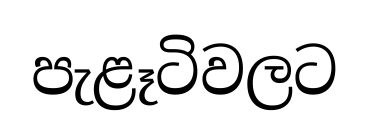
පැළෑටිවලට